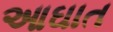
આઘાત